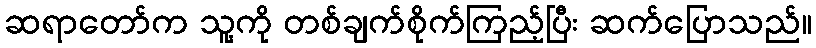
ဆရာတော်က သူ့ကို တစ်ချက်စိုက်ကြည့်ပြီး ဆက်ပြောသည်။